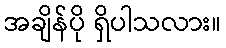
အချိန်ပို ရှိပါသလား။